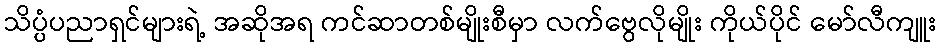
သိပ္ပံပညာရှင်များရဲ့ အဆိုအရ ကင်ဆာတစ်မျိုးစီမှာ လက်ဗွေလိုမျိုး ကိုယ်ပိုင် မော်လီကျူး